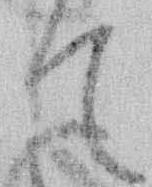
て